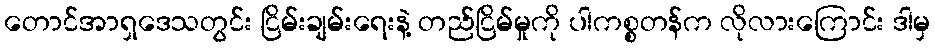
တောင်အာရှဒေသတွင်း ငြိမ်းချမ်းရေးနဲ့ တည်ငြိမ်မှုကို ပါကစ္စတန်က လိုလားကြောင်း ဒါမှ